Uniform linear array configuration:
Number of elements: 32
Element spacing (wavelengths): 0.25
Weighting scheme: hann
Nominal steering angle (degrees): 0
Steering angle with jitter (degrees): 1.926
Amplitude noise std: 0.05
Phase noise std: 0.05

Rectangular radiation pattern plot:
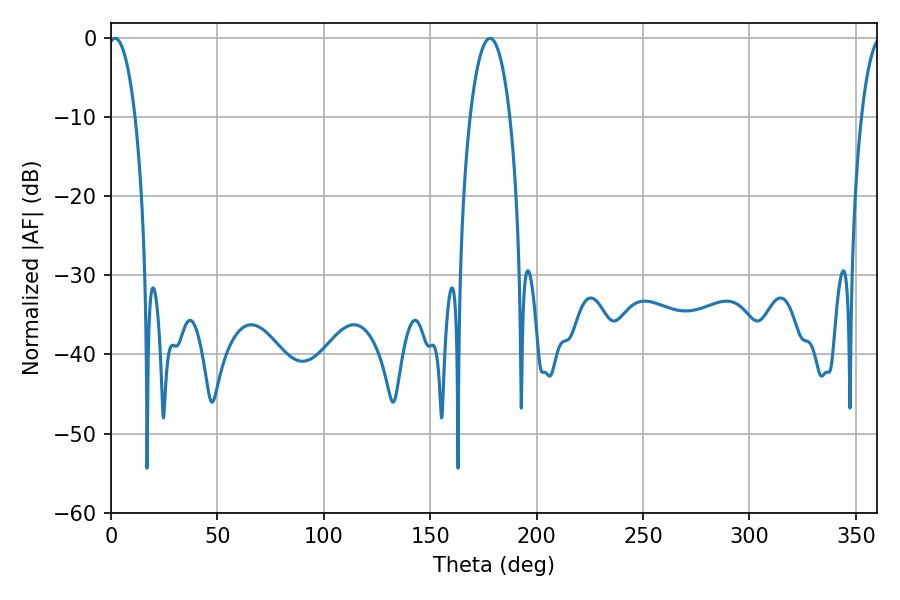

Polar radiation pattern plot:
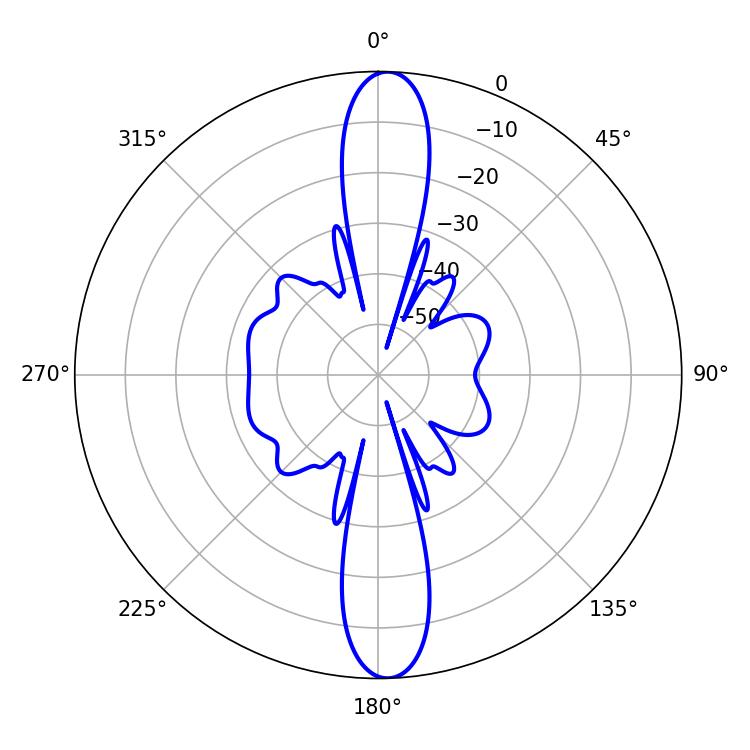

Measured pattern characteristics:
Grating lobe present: FALSE
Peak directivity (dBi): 21.982
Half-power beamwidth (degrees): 10.44
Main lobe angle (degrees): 178.02